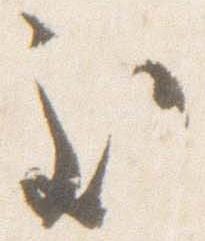
至